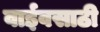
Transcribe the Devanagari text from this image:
वाईवसाठी